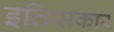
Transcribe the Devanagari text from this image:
इतिसकार